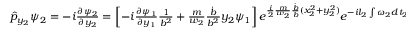
\begin{array} { r } { \hat { p } _ { y _ { 2 } } \psi _ { 2 } = - i \frac { \partial \psi _ { 2 } } { \partial y _ { 2 } } = \left[ - i \frac { \partial \psi _ { 1 } } { \partial y _ { 1 } } \frac { 1 } { b ^ { 2 } } + \frac { m } { w _ { 2 } } \frac { \dot { b } } { b ^ { 2 } } y _ { 2 } \psi _ { 1 } \right] e ^ { \frac { i } { 2 } \frac { m } { w _ { 2 } } \frac { \dot { b } } { b } ( x _ { 2 } ^ { 2 } + y _ { 2 } ^ { 2 } ) } e ^ { - i l _ { 2 } \int \omega _ { 2 } d t _ { 2 } + i l _ { 1 } \int \omega _ { 1 } d t _ { 1 } } } \end{array}